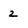
Character: z